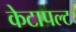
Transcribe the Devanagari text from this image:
केटापल्ट